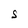
Character: S